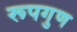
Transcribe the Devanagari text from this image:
रूपगुण